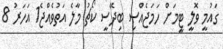
ގައުމީ ވޮލީ ޓީމަށް ހަމަޖެއްސި ބިދޭސީ ކޯޗު މާލެ އަތުވެއްޖެ1 އަހަރު 8